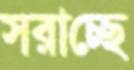
সরাচ্ছে